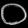
Digit: ၀